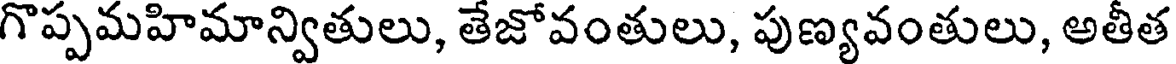
గొప్పమహిమాన్వితులు, తేజోవంతులు, పుణ్యవంతులు, అతీత